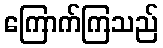
ကြောက်ကြသည်